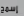
إسمح